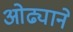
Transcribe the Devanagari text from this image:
ओढ्याने